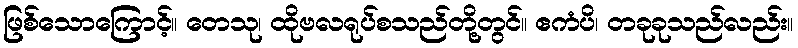
ဖြစ်သောကြောင့်။ တေသု၊ ထိုဗလရုပ်စသည်တို့တွင်။ ဧကံပိ၊ တခုခုသည်လည်း။